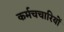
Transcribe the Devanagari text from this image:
कर्मचचारियों